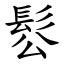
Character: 䯳